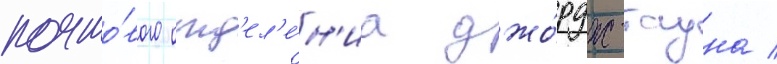
почто́вого отд'ел'е́н'иа джо́рдж-тауна /